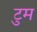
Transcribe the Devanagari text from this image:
टुम